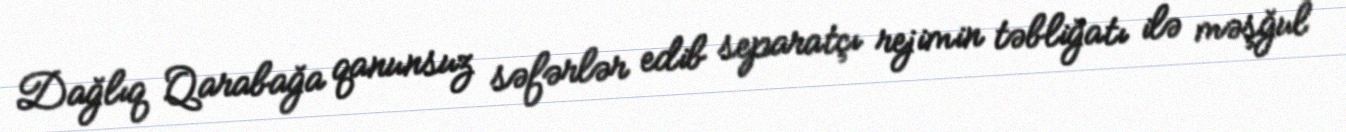
Dağlıq Qarabağa qanunsuz səfərlər edib separatçı rejimin təbliğatı ilə məşğul